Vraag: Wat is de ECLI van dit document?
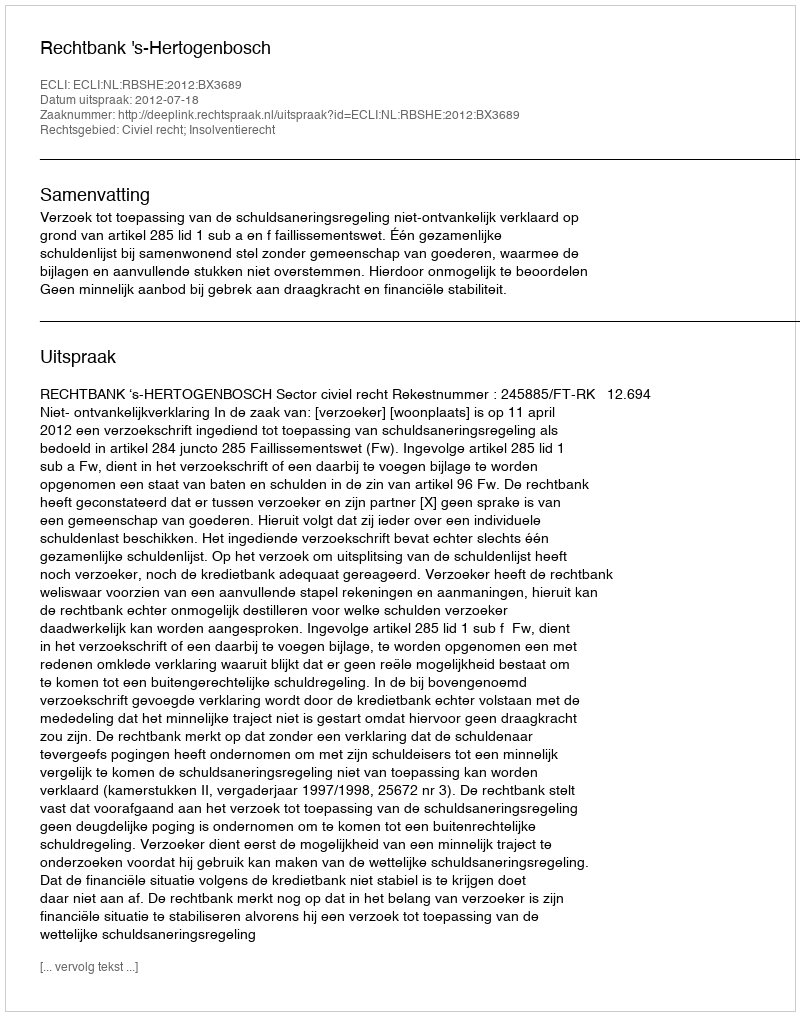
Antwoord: ECLI:NL:RBSHE:2012:BX3689